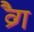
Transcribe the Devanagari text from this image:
व्रैग